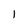
Character: l